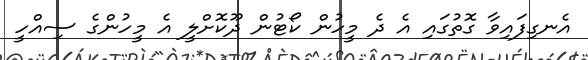
އެނގިފައިވާ ގޮތުގައި އެ ދެ މީހުން ކޯޓުން ދޫކޮށްލީ އެ މީހުންގެ ސިއްހީ